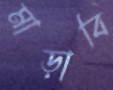
মাড়াবি